Statistics compiled by the Government of India from the reports of provincial Civil Veterinary Departments
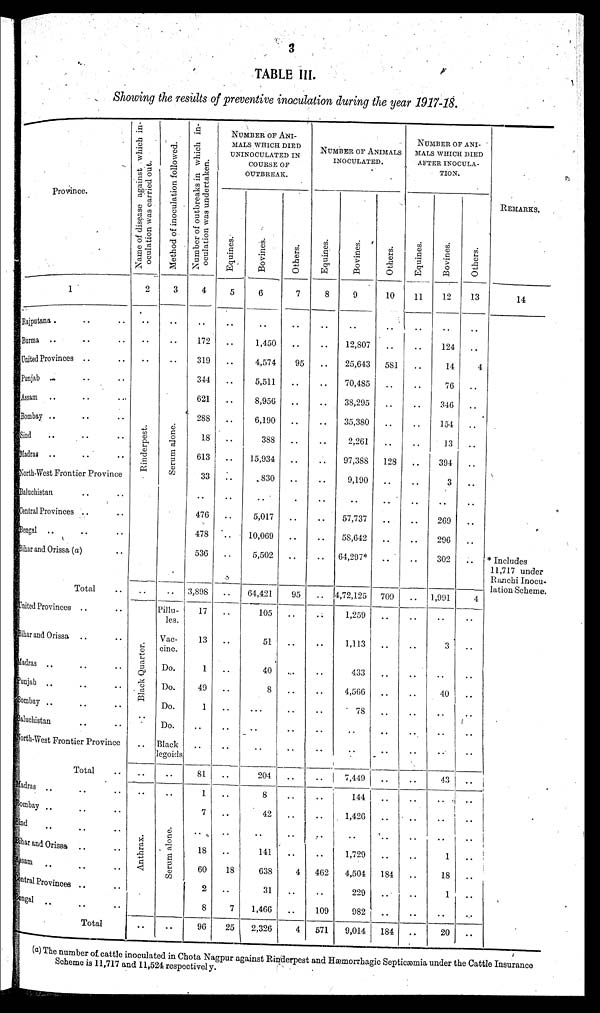
3
TABLE III.
Showing the results of preventive inoculation during the year 1917-18.
Province.
1
Rajputana . .. ..
Burma .. .. ..
United Provinces .. ..
Punjab .. .. ..
Assam .. .. ..
Bombay .. .. ..
Sind .. .. ..
Madras .. .. ..
North-West Frontier Province
Baluchistan .. ..
Central Provinces .. ..
Bengal .. .. ..
Bihar and Orissa (a) ..
Total ..
United Provinces .. ..
Bihar and Orissa .. ..
Madras .. .. ..
Punjab .. .. ..
Bombay .. .. ..
Baluchistan .. ..
North-West Frontier Province
Total ..
Madras .. .. ..
Bombay .. .. ..
Bind .. .. ..
Bihar and Orissa
.. ..
Assam .. .. ..
Central Provinces .. ..
Bengal .. .. ..
Total
Name of disease against which in-
oculation was carried out.
2
..
..
..
Rinderpest.
..
Black Quar t
er .
..
..
..
..
Ant hr ax.
..
Method of inoculation followed.
3
..
..
..
Se r
um a lone .
..
Pillu-
les.
Vac-
cine.
Do.
Do.
Do.
Do.
Black
legoids
..
..
Se r
um a lone .
..
Number of outbreaks in which in-
oculation was undertaken.
4
..
172
319
344
621
288
18
613
33
..
476
478
536
3,898
17
13
1
49
1
..
..
81
1
7
..
18
60
2
8
96
NUMBER OF ANI-
MALS WHICH DIED
UNINOCULATED IN
COURSE OF
OUTBREAK.
Equi nes .
5
..
..
..
..
..
..
..
..
..
..
..
..
..
..
..
..
..
..
..
..
..
..
..
..
..
..
18
..
7
25
Bovi nes .
6
..
1,450
4,574
5,511
8,956
6,190
388
15,934
830
..
5,017
10,069
5,502
64,421
105
51
40
8
..
..
..
204
8
42
..
141
638
31
1,466
2,326
Ot her s .
7
..
..
95
..
..
..
..
..
..
..
..
..
..
95
..
..
..
..
..
..
..
..
..
..
..
..
4
..
..
4
NUMBER OF ANIMALS
INOCULATED.
Equi nes .
8
..
..
..
..
..
..
..
..
..
..
..
..
..
..
..
..
..
..
..
..
..
..
..
..
..
..
462
..
109
571
Bovi ne s .
9
..
12,807
25,643
70,485
38,295
35,380
2,261
97,388
9,190
..
57,737
58,642
64,297*
4,72,125
1,259
1,113
433
4,566
78
..
..
7,449
144
1,426
..
1,729
4,504
229
982
9,014
Ot her s .
10
..
..
581
..
..
..
..
128
..
..
..
..
..
709
..
..
..
..
..
..
..
..
..
..
..
..
184
..
..
184
NUMBER OF ANI-
MALS WHICH DIED
AFTER INOCULA-
TION.
Equi nes .
11
..
..
..
..
..
..
..
..
..
..
..
..
..
..
..
..
..
..
..
..
..
..
..
..
..
..
..
..
..
..
Bovi ne s .
12
..
124
14
76
346
154
13
394
3
..
269
296
302
1,991
..
3
..
40
..
..
..
43
..
..
..
1
18
1
..
20
Ot her s .
13
..
..
4
..
..
..
..
..
..
..
..
..
..
4
..
..
..
..
..
..
..
..
..
..
..
..
..
..
..
REMARKS.
14
* Includes
11,717 under
Ranchi Inocu-
lation Scheme.
(a) The number of cattle inoculated in Chota Nagpur against Rinderpest and Hæmorrhagic Septicæmia under the Cattle Insurance
Scheme is 11,717 and 11,524 respectively.